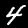
Digit: 4